Scottish Leaving Certificate Examination, 1956
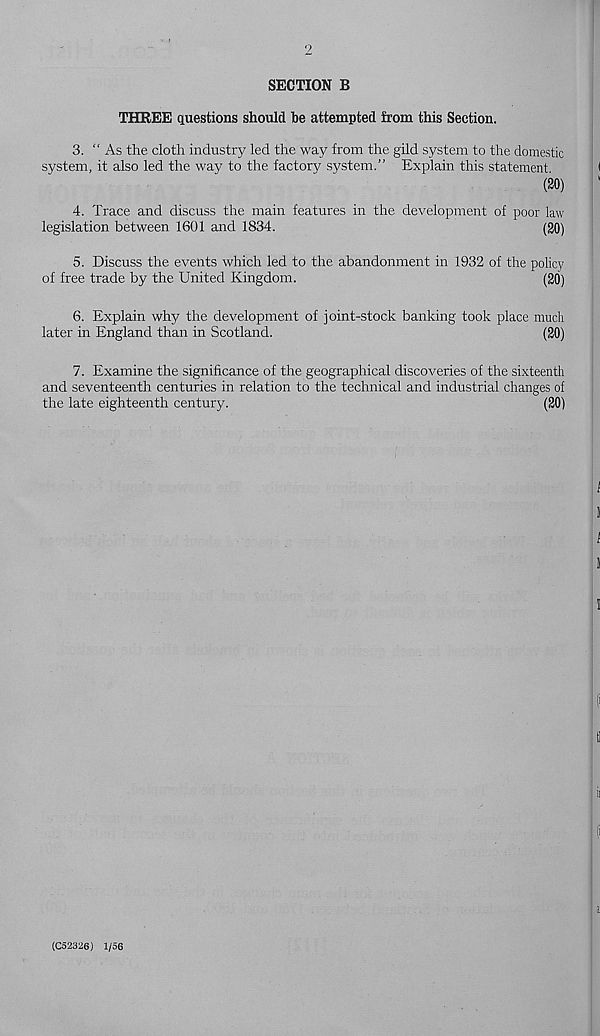
2
SECTION B
THREE questions should be attempted from this Section.
3. “ As the cloth industry led the way from the gild system to the domestic
system, it also led the way to the factory system.” Explain this statement
(20)
4. Trace and discuss the main features in the development of poor law
legislation between 1601 and 1834.
(20)
5. Discuss the events which led to the abandonment in 1932 of the policy
of free trade by the United Kingdom.
(20)
6. Explain why the development of joint-stock banking took place much
later in England than in Scotland.
(20)
7. Examine the significance of the geographical discoveries of the sixteenth
and seventeenth centuries in relation to the technical and industrial changes of
the late eighteenth century.
(20)
(C52326) 1/56